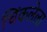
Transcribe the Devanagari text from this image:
चिंकलेला